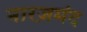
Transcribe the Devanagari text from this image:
नारज़मंद